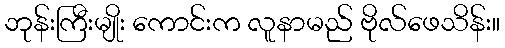
ဘုန်းကြီးမျိုး ကောင်းက လူနာမည် ဗိုလ်ဖေသိန်း။